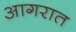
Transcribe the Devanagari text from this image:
आगरात